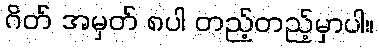
ဂိတ် အမှတ် ၈ပါ တည့်တည့်မှာပါ။